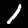
Label: 1